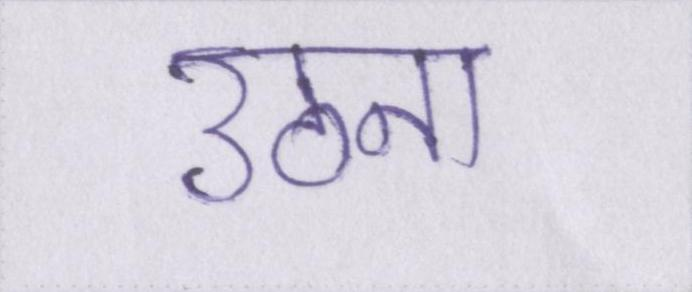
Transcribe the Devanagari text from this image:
उठना